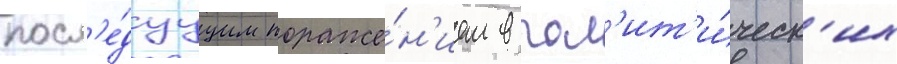
посл'е́дуущим пораже́н'ием в пол'ит'и́ческ'их